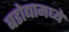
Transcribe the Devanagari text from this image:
बडोद्यामध्ये